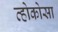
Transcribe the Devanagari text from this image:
व्होकोसा